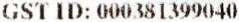
GST ID: 000381399040